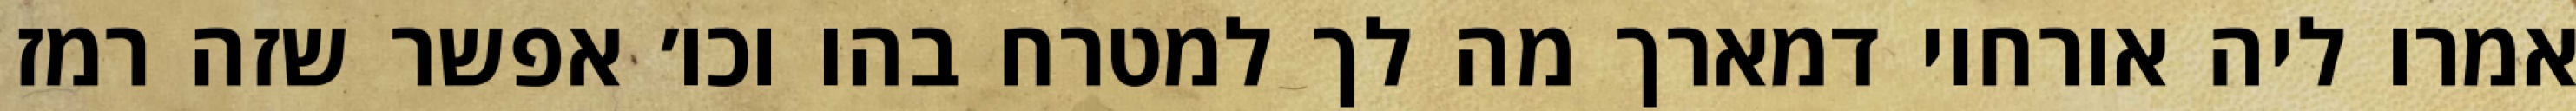
אמרו ליה אורחוי דמארך מה לך למטרח בהו וכו׳ אפשר שזה רמז